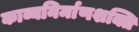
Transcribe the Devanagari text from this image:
काव्यनिर्माणशक्ति